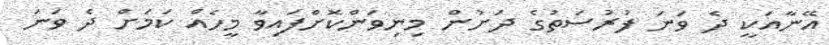
އޭނާއަކީ ދެ ވަނަ ފުރުސަތުގެ ދަށުން މިނިވަންކޮށްފައިވާ މީހެއް ކަމަށް ދެ ވަނަ